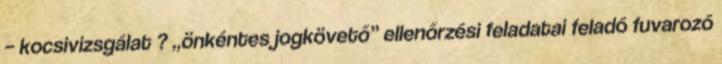
– kocsivizsgálat ? „önkéntes jogkövető” ellenőrzési feladatai feladó fuvarozó